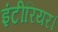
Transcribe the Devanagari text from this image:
इंटीरियर।